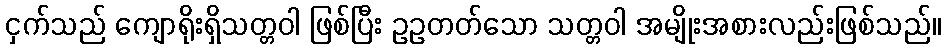
ငှက်သည် ကျောရိုးရှိသတ္တဝါ ဖြစ်ပြီး ဥဥတတ်သော သတ္တဝါ အမျိုးအစားလည်းဖြစ်သည်။